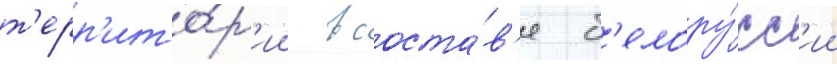
т'ерр'ито́р'ии в соста́в'е б'елору́сс'ии